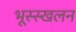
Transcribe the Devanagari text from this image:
भूस्स्खलन